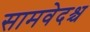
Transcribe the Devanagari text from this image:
सामवेदश्च